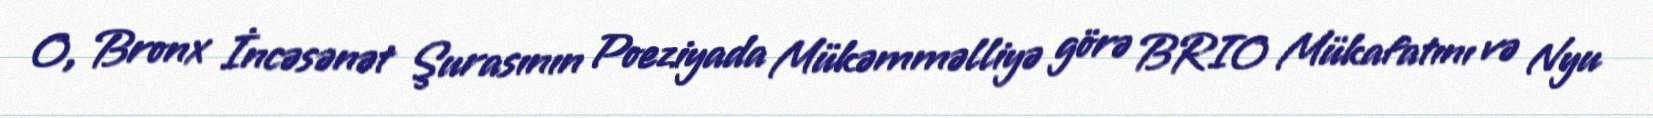
O, Bronx İncəsənət Şurasının Poeziyada Mükəmməlliyə görə BRIO Mükafatını və Nyu